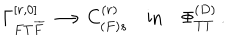
\Gamma _ { F T { \overline { { { F } } } } } ^ { [ r , 0 ] } \longrightarrow C _ { ( F ) s } ^ { ( r ) } \quad \mathrm { { i n } } \quad \Phi _ { T T } ^ { ( D ) } \, .